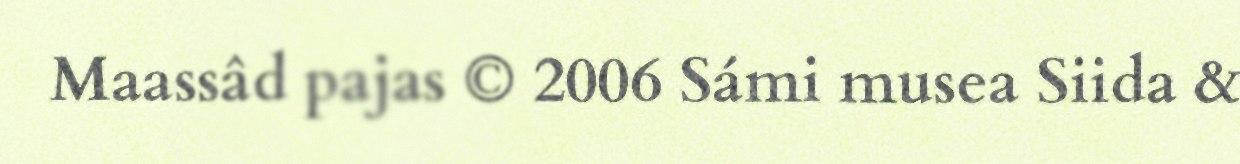
Maassâd pajas © 2006 Sámi musea Siida &